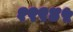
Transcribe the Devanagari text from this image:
१९९४५